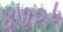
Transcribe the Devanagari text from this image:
४७०८